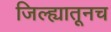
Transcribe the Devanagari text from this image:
जिल्ह्यातूनच